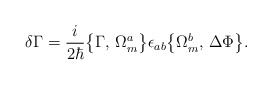
\begin{align*}\delta \Gamma = \frac{i}{2\hbar}\bigl\{\Gamma,\,\Omega_m^a\bigr\}\epsilon_{ab} \bigl\{\Omega_m^b,\,\Delta\Phi\bigr\}.\end{align*}